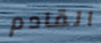
القادم